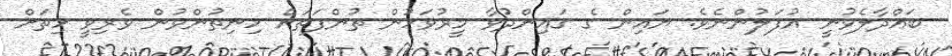
ބައްދާލެވުނީ އުފަލުންނެވެ. ޔައިން ގެ ގައިންދުވާ މީރުވަހުން ތުންފަތަށް ހިނިތުންވުން ވެރިވީ ހިތަށް